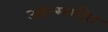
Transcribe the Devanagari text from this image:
आत्मगीत